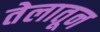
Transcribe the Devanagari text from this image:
तेलातून